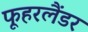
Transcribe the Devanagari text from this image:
फूहरलैंडर